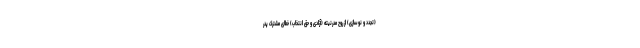
(تجدد و نوسازی) از روح مدرنیته (آزادی و حق انتخاب) خطای مشترک پدر